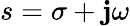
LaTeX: s=\sigma+\mathbf{j}\omega